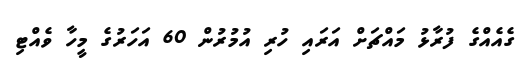
ގެއެއްގެ ފުރާޅު މައްޗަށް އަރައި ހުރި އުމުރުން 60 އަހަރުގެ މީހާ ވެއްޓި